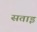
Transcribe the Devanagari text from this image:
सताइं